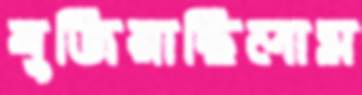
বুজিয়াছিলাম